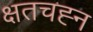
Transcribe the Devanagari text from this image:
क्षतचह्न